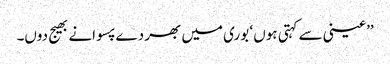
’’عینی سے کہتی ہوں ‘ بوری میں بھر دے پسوانے بھیج دوں۔